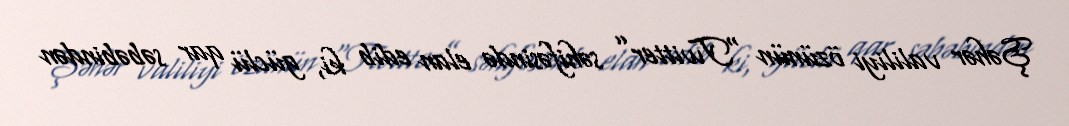
Şəhər valiliyi özünün “Twitter” səhifəsində elan edib ki, güclü qar səbəbindən